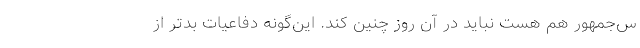
س‌جمهور هم هست نباید در آن روز چنین کند. این‌گونه دفاعیات بدتر از